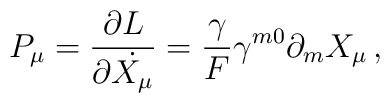
P_\mu=\frac{\partial L}{\partial \dot{X_\mu}}=\frac{\gamma}{F}\gamma^{m0}\partial_m X_\mu\,,